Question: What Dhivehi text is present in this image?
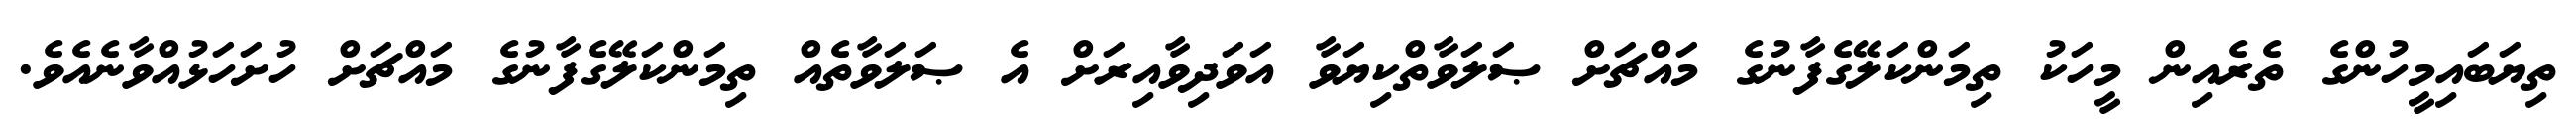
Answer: ތިޔަބައިމީހުންގެ ތެރެއިން މީހަކު ތިމަންކަލޭގެފާނުގެ މައްޗަށް ޞަލަވާތްކިޔަވާ އަވަދިވާއިރަށް އެ ޞަލަވާތެއް ތިމަންކަލޭގެފާނުގެ މައްޗަށް ހުށަހަޅުއްވާނެއެވެ.